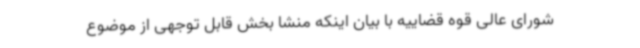
شورای عالی قوه قضاییه با بیان اینکه منشا بخش قابل توجهی از موضوع